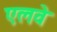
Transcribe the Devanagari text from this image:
एलवे